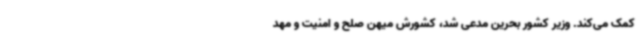
کمک می‌کند. وزیر کشور بحرین مدعی شد، کشورش میهن صلح و امنیت و مهد